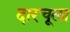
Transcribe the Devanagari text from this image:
दारचूला